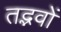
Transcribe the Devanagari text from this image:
तद्भवों